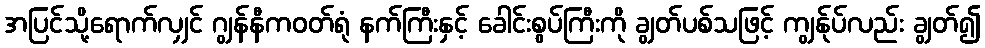
အပြင်သို့ရောက်လျှင် ဂျွန်နီကဝတ်ရုံ နက်ကြီးနှင့် ခေါင်းစွပ်ကြီးကို ချွတ်ပစ်သဖြင့် ကျွန်ုပ်လည်း ချွတ်၍